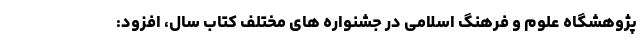
پژوهشگاه علوم و فرهنگ اسلامی در جشنواره های مختلف کتاب سال، افزود: